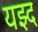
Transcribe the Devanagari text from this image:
यझ्द